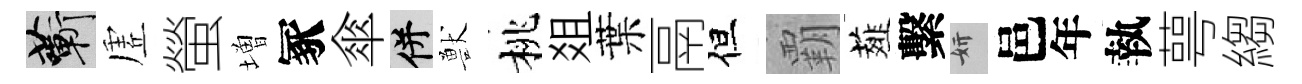
蔪虗螢増冢傘并獸桃爼葉鬲但覇薤繫妍邑年執萼縐